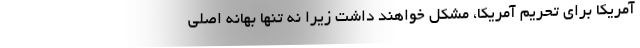
آمریکا برای تحریم آمریکا، مشکل خواهند داشت زیرا نه تنها بهانه اصلی